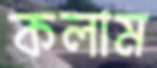
কলাম